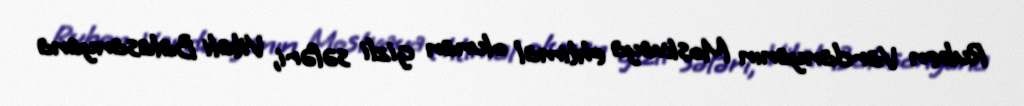
Ruben Vardanyanın Moskvaya ehtimal olunan gizli səfəri, Vitali Balasanyana